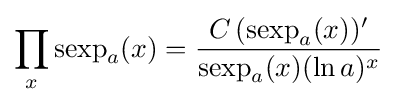
\prod _{x}\operatorname {sexp} _{a}(x)={\frac {C\,(\operatorname {sexp} _{a}(x))'}{\operatorname {sexp} _{a}(x)(\ln a)^{x}}}